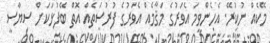
މޭކެއް ނުކުރޭ. އެހެންވީމަ އެވަރުގެ މަޤާމެއް އެވަރުގެ ފުރުސަތެއް އޮތް ބޭފުޅަކަށް ސިޔާސީ